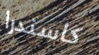
كاسندرا